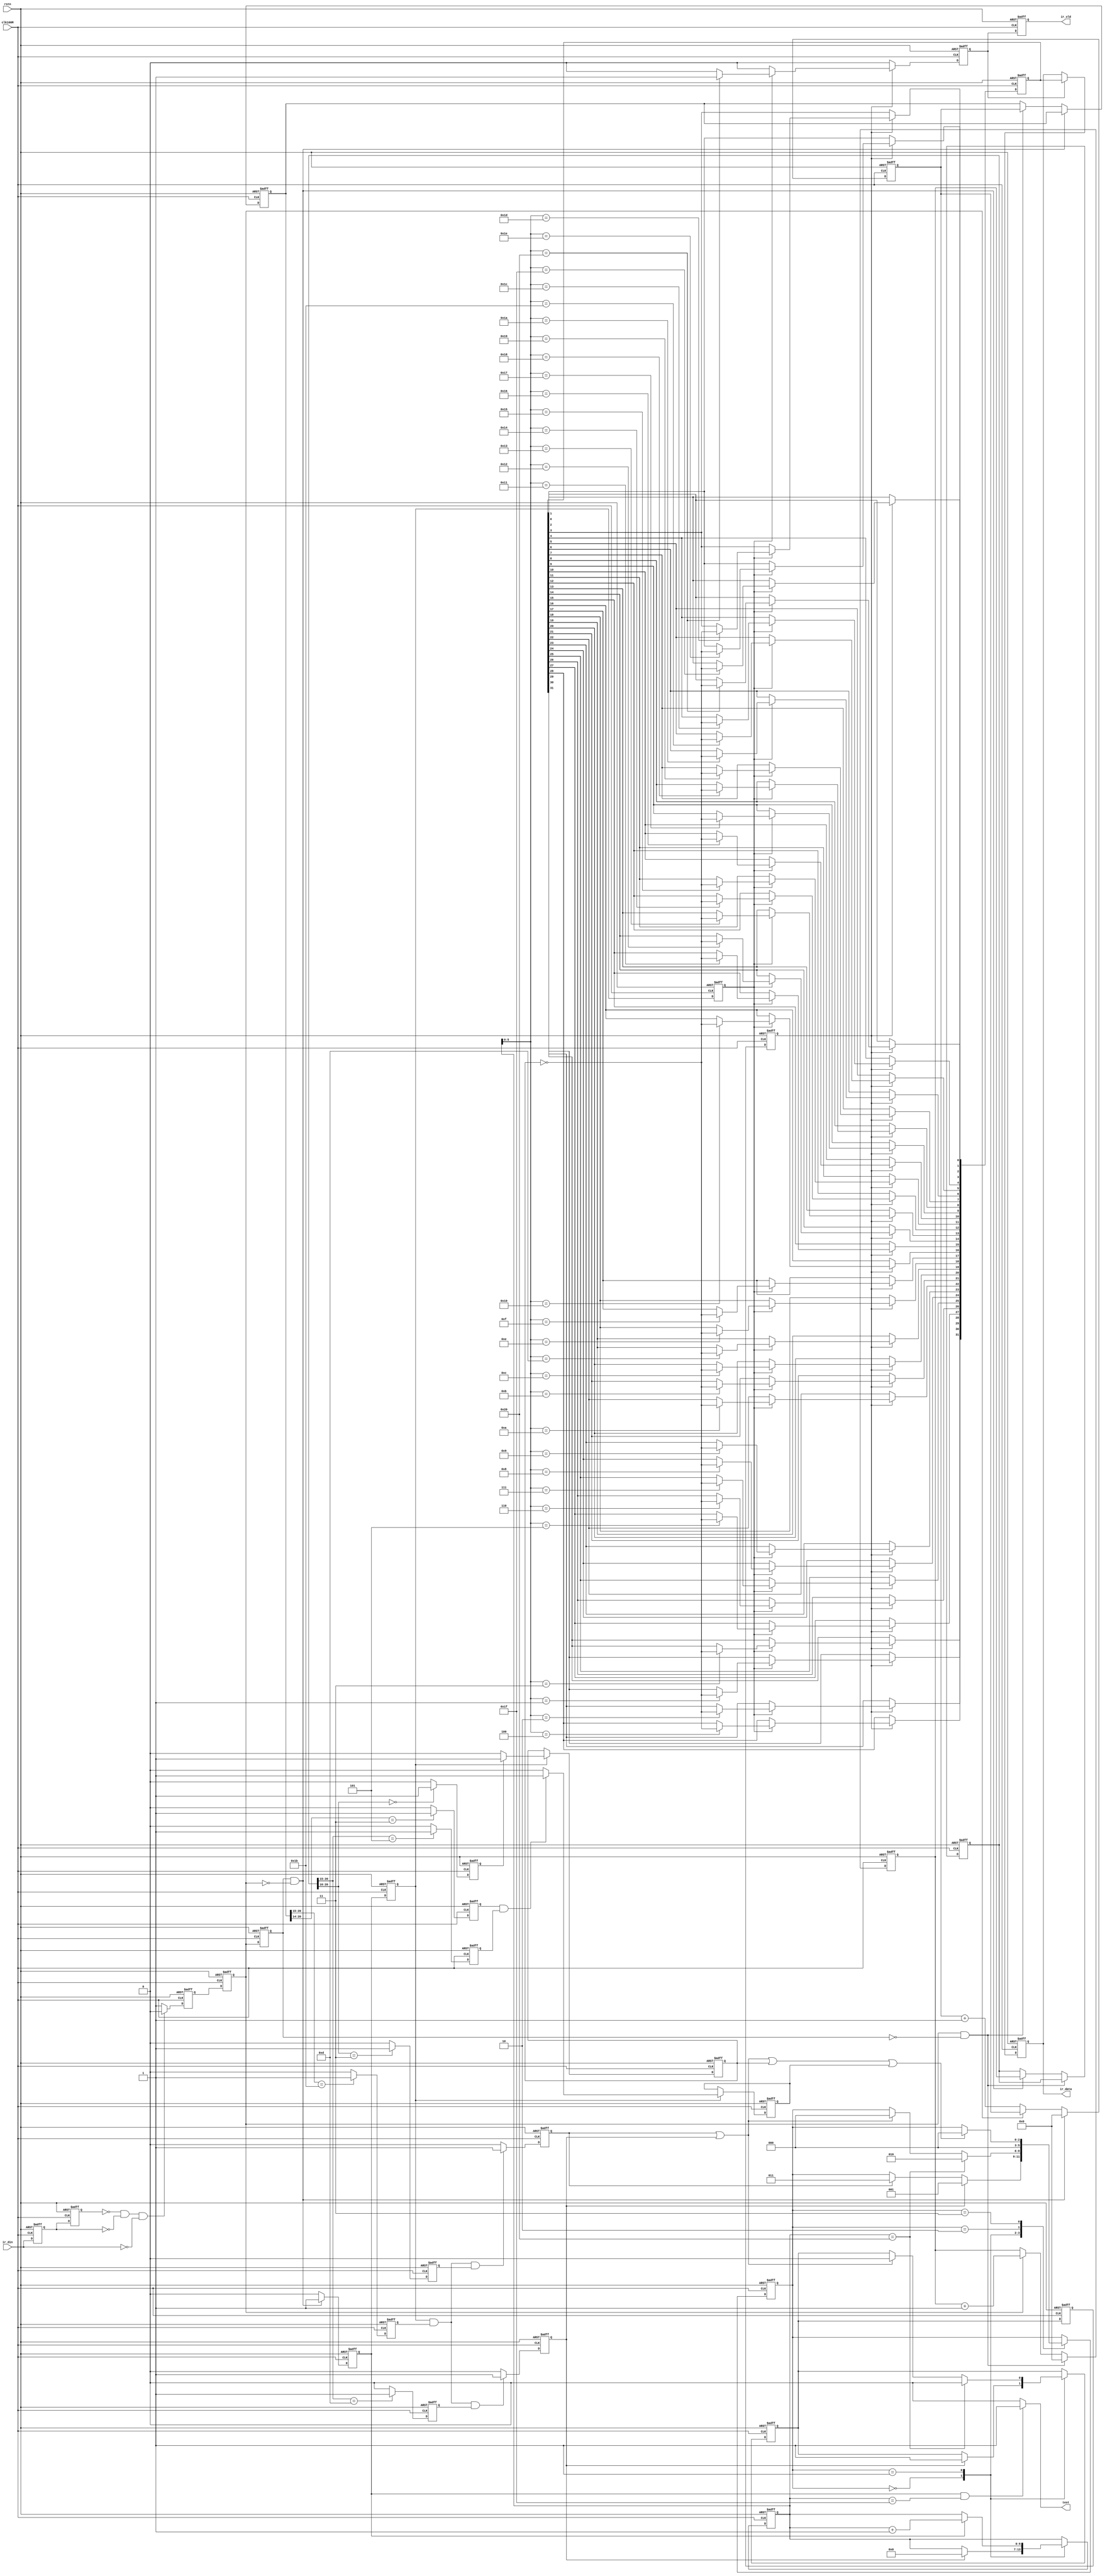
module IR_TOP
	(
	clk100M,
	rstn,
	ir_din,

	ir_data,
	ir_vld,
	test
	);
	


input	clk100M;
input	rstn;
input	ir_din;

output	[31:0]ir_data;
output	ir_vld;
output  test;



reg   [31:0]ir_data;
reg   ir_vld;

wire  test;


//===========================================================================

//===========================================================================


reg [2:0]ctrl;

parameter  IR_IDLE    = 3'h0;
parameter  IR_BIN     = 3'h1;
parameter  IR_END     = 3'h2;
parameter  IR_REPEAT  = 3'h3;



reg ir_reg;
reg ir_reg1;

reg [20:0]ltimecnt;
reg [20:0]ltimelast;

reg [20:0]htimecnt;
reg [20:0]htimelast;

reg highend;
reg highend1;
reg highend2;

reg low_9ms;
reg high_45ms;

reg low_56ms;
reg high_56ms;
reg high_17ms;
reg high_225ms;

reg headflg;
reg bin_0;
reg bin_1;
reg headrpt;

reg irdin1;
reg irdin2;
reg irdin3;


assign test = (highend==1'b1&&bincnt==7'd31) ? 1'b1: 1'b0;

always @ (posedge clk100M or negedge rstn)
begin
  if(!rstn)
     begin
          ir_reg <= 1'b0;
          ir_reg1 <= 1'b0;
          
          irdin1 <= 1'b0;
          irdin2 <= 1'b0;
          irdin3 <= 1'b0;
          
          ltimecnt <= 21'd0;
          ltimelast <= 21'd0;
          
          htimecnt <= 21'd0;
          htimelast <= 21'd0;   
          
          highend <= 1'b0;  
          highend1 <= 1'b0;
          highend2 <= 1'b0;
          
          low_9ms <= 1'b0;
          high_45ms <= 1'b0;   
          
          low_56ms <= 1'b0;
          high_56ms <= 1'b0;
          high_17ms <= 1'b0;  
          high_225ms <= 1'b0;
          
          headflg <= 1'b0;
          headrpt <= 1'b0;
          bin_0 <= 1'b0;
          bin_1 <= 1'b0;          
     end
  else
     begin
          
          irdin1 <= ir_din;
          irdin2 <= irdin1;
          
          if(irdin2==1'b0&&irdin1==1'b0&&ir_din==1'b0)   //-- ʱӲ
             begin
                  irdin3 <= 1'b0;
             end
          else
             begin
                  irdin3 <= 1'b1;
             end
     
          ir_reg <= irdin3;
          ir_reg1 <= ir_reg;
          
          if(ir_reg1==1'b1 && ir_reg==1'b0)
             begin
                  ltimecnt <= 21'd0;          //-- ͵ƽȼʱʼ
             end
          else
             begin
                  if(ir_reg==1'b0)
                     begin
                         ltimecnt <= ltimecnt + 1'b1;
                     end
                     
                  if(ir_reg==1'b1&&ir_reg1==1'b0)   //-- ͵ƽ
                     begin
                         ltimelast <= ltimecnt;     //--  ltimelastɼ͵ƽĿ
                     end
             end
             

          if(ir_reg1==1'b0 && ir_reg==1'b1)   //-- ߵƽ忪ʼ
             begin
                  htimecnt <= 21'd0;          //-- ߵƽȼʱʼ
             end
          else
             begin
                  if(ir_reg==1'b1)
                     begin
                         htimecnt <= htimecnt + 1'b1;
                     end
                     
                  if(ir_reg==1'b0&&ir_reg1==1'b1)   //-- ߵƽ
                     begin
                         htimelast <= htimecnt;     //--  htimelastɼߵƽĿ
                     end
             end 
           
          highend1 <= highend;
          highend2 <= highend1;  
          if(ir_reg==1'b0&&ir_reg1==1'b1)
             begin
                  highend <= 1'b1;           //-- keep 1clk;
             end         
          else
             begin
                  highend <= 1'b0;
             end
             
          if(ltimelast[20:15]== 6'b011011)   //-- һΧ
             begin
                  low_9ms <= 1'b1;           //-- 9ms
             end  
          else
             begin
                  low_9ms <= 1'b0;
             end

          if(htimelast[20:15]== 6'b001101)   //-- һΧ
             begin
                  high_45ms <= 1'b1;        //-- 4.5ms
             end  
          else
             begin
                  high_45ms <= 1'b0;
             end
             
             
          if(ltimelast[20:14]== 7'b0000011)   //-- һΧ
             begin
                  low_56ms <= 1'b1;           //-- 0.56ms
             end  
          else
             begin
                  low_56ms <= 1'b0;
             end             
             

          if(htimelast[20:16]== 5'b00000)   //-- ֻ0/1жϣ06.9msΪ߼0Ϊ1
             begin
                  high_56ms <= 1'b1;        //-- < 0.56ms
             end  
          else
             begin
                  high_56ms <= 1'b0;
             end             

          if(htimelast[20:15]== 6'b000101)   //-- һΧ
             begin
                  high_17ms <= 1'b1;        //-- 1.7ms
             end  
          else
             begin
                  high_17ms <= 1'b0;
             end              

          if(htimelast[20:16]== 5'b00011)   //-- һΧ
             begin
                  high_225ms <= 1'b1;        //-- 2.25ms
             end  
          else
             begin
                  high_225ms <= 1'b0;
             end               
             
          if(highend1==1'b1&&low_9ms==1'b1&&high_45ms==1'b1)
             begin
                  headflg <= 1'b1;     //-- ־ keep 1clk;
             end             
          else
             begin
                  headflg <= 1'b0;
             end
             
          if(highend1==1'b1&&low_9ms==1'b1&&high_225ms==1'b1)
             begin
                  headrpt <= 1'b1;     //-- 룻 keep 1clk;
             end             
          else
             begin
                  headrpt <= 1'b0;
             end             

          if(highend1==1'b1)
             begin
                 //-- if(low_56ms==1'b1&&high_56ms==1'b1)
                  if(high_56ms==1'b1)  

                     begin
                         bin_0 <= 1'b1;  
                     end
                  else
                     begin
                         bin_0 <= 1'b0; 
                     end  
             end             

          if(highend1==1'b1)
             begin
                  if(low_56ms==1'b1&&high_17ms==1'b1)
                     begin
                         bin_1 <= 1'b1;  
                     end
                  else
                     begin
                         bin_1 <= 1'b0; 
                     end  
             end             
          
     end
end




reg [6:0]bincnt;
reg bintime;



always @ (posedge clk100M or negedge rstn)
begin
  if(!rstn)
     begin
          ctrl	<= IR_IDLE;
          
          bincnt <= 7'd0;
          bintime <= 1'b0;
     end
  else
     begin
          case(ctrl)
            IR_IDLE:
                 begin
                     if(headflg==1'b1)             //--ݽ
                        begin
                             bincnt <= 7'd0;
                             bintime <= 1'b1;
            	             ctrl <= IR_BIN;
            	        end
            	     else 
            	        begin
            	            if(headrpt==1'b1)
            	               begin
            	                   ctrl <= IR_REPEAT;
            	               end
            	        end 
            	 end
            		
            IR_BIN: 
                 begin
                      if(highend==1'b1)
                         begin
                              bincnt <= bincnt + 1'b1;
                         end
                         
                      if(bincnt==7'd32)
                         begin
                              bintime <= 1'b0;
                              ctrl <= IR_END;
                         end
                      else
                         begin
                              if(headrpt==1'b1 || headflg==1'b1)   //-- 32bitݹظ//ظ룬¿ʼ
                                  begin
                                       bintime <= 1'b0;
                                       ctrl <= IR_IDLE;
                                  end
                         end                                           
                 end 
            		 
            IR_END:   
                 begin
                      ctrl <= IR_IDLE;
                 end
            
            IR_REPEAT: 
                 begin
            	       if(headrpt==1'b1 || headflg==1'b1 || bin_0==1'b1 || bin_1==1'b1)
            	          begin
            	               ctrl <= IR_IDLE;
            	          end
                 end           	
          endcase  
     end
end




reg [31:0]bin_dat;
reg bin32_vld;
reg bintime1;
reg bintime2;

always @ (posedge clk100M or negedge rstn)
begin
  if(!rstn)
     begin
          bin_dat <= 32'd0;
          bin32_vld <= 1'b0;
          
          bintime1 <= 1'b0;
          bintime2 <= 1'b0;
          
          ir_data <= 32'd0;
          ir_vld <= 1'b0;
     end
  else
     begin
          if(bin32_vld==1'b1)
             begin
                 ir_data <= bin_dat;
                //-- ir_data <= 32'h12343456;
             end

          ir_vld <= bin32_vld;
     
          bintime1 <= bintime;
          bintime2 <= bintime1;
          if(bintime2==1'b1)
             begin
                  if(highend2==1'b1)        //-- highend2  bin_0/bin_1ͬ
                     begin
                          case(bincnt[5:0])
                             6'd1:  bin_dat[31] <= ~bin_0;
                             6'd2:  bin_dat[30] <= ~bin_0;
                             6'd3:  bin_dat[29] <= ~bin_0;
                             6'd4:  bin_dat[28] <= ~bin_0;
                             6'd5:  bin_dat[27] <= ~bin_0;
                             6'd6:  bin_dat[26] <= ~bin_0;
                             6'd7:  bin_dat[25] <= ~bin_0;
                             6'd8:  bin_dat[24] <= ~bin_0;
                             
                             6'd9:  bin_dat[23] <= ~bin_0;
                             6'd10: bin_dat[22] <= ~bin_0;
                             6'd11: bin_dat[21] <= ~bin_0;
                             6'd12: bin_dat[20] <= ~bin_0;
                             6'd13: bin_dat[19] <= ~bin_0;
                             6'd14: bin_dat[18] <= ~bin_0;
                             6'd15: bin_dat[17] <= ~bin_0;
                             6'd16: bin_dat[16] <= ~bin_0;                             

                             6'd17: bin_dat[15] <= ~bin_0;
                             6'd18: bin_dat[14] <= ~bin_0;
                             6'd19: bin_dat[13] <= ~bin_0;
                             6'd20: bin_dat[12] <= ~bin_0;
                             6'd21: bin_dat[11] <= ~bin_0;
                             6'd22: bin_dat[10] <= ~bin_0;
                             6'd23: bin_dat[9]  <= ~bin_0;
                             6'd24: bin_dat[8]  <= ~bin_0;                              


                             6'd25: bin_dat[7] <= ~bin_0;
                             6'd26: bin_dat[6] <= ~bin_0;
                             6'd27: bin_dat[5] <= ~bin_0;
                             6'd28: bin_dat[4] <= ~bin_0;
                             6'd29: bin_dat[3] <= ~bin_0;
                             6'd30: bin_dat[2] <= ~bin_0;
                             6'd31: bin_dat[1] <= ~bin_0;
                             6'd32: bin_dat[0] <= ~bin_0; 
                         endcase 
                         
                         if(bincnt[5:0]==6'd32)
                            begin
                                 bin32_vld <= 1'b1;
                            end                  
                         else
                            begin
                                 bin32_vld <= 1'b0;
                            end          
                     end
                  else
                     begin
                          bin32_vld <= 1'b0;
                     end                   
             end
          else
             begin
                  bin32_vld <= 1'b0;
             end
     end     
end






endmodule